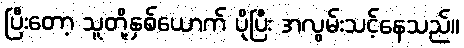
ပြီးတော့ သူတို့နှစ်ယောက် ပိုပြီး အလွမ်းသင့်နေသည်။